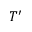
T ^ { \prime }